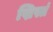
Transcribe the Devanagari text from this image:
ख्रिस्तं